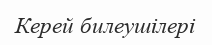
Керей билеушілері